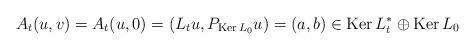
LaTeX: \begin{align*}A_t(u,v)=A_t(u,0)=(L_tu,P_{\mathrm{Ker\,}L_0}u)=(a,b)\in\mathrm{Ker\,}L^*_t\oplus\mathrm{Ker\,}L_0\end{align*}